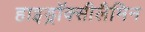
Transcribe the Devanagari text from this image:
हाइड्रॉक्सीलैमिन